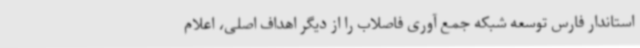
استاندار فارس توسعه شبکه جمع آوری فاصلاب را از دیگر اهداف اصلی، اعلام